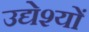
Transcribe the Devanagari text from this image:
उद्येश्यों